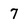
Character: 7